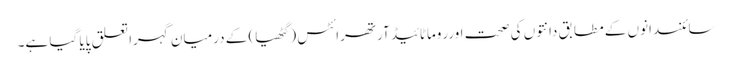
سائنسدانوں کے مطابق دانتوں کی صحت اورروماٹائیڈ آرتھرائٹس ( گٹھیا) کے درمیان گہرا تعلق پایا گیا ہے۔